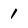
Character: 1